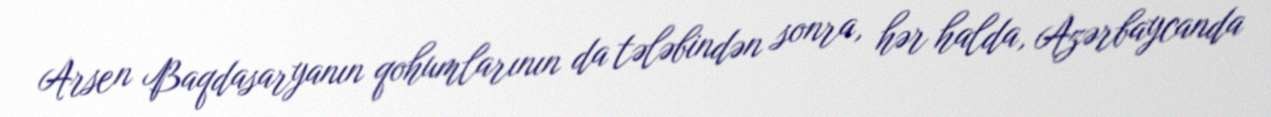
Arsen Baqdasaryanın qohumlarının da tələbindən sonra, hər halda, Azərbaycanda